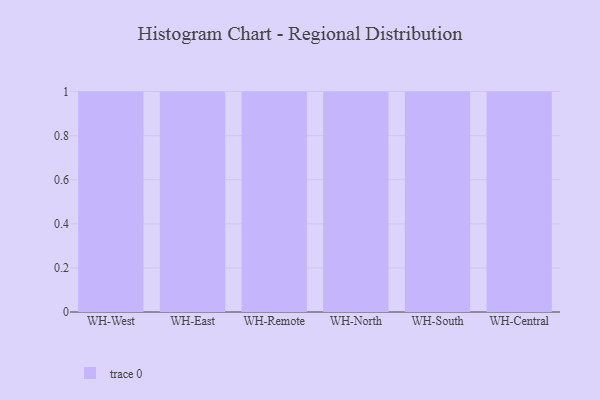
{"axis": {"x": "Warehouse", "y": "Market Share (%)"}, "legend": [""], "data": [{"x": "WH-West", "y": 58, "type": ""}, {"x": "WH-East", "y": 22, "type": ""}, {"x": "WH-Remote", "y": 2, "type": ""}, {"x": "WH-North", "y": 93, "type": ""}, {"x": "WH-South", "y": 15, "type": ""}, {"x": "WH-Central", "y": 73, "type": ""}]}